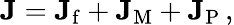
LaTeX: \mathbf{J}=\mathbf{J}_{\mathrm{f}}+\mathbf{J}_{\mathrm{M}}+\mathbf{J}_{\mathrm{P}}\, ,